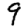
Digit: 9